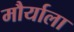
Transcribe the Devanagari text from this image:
मौर्याला